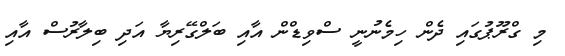
މި ގްރޫޕުގައި ދެން ހިމެނުނީ ސްވިޑްން އާއި ބަލްގޭރިޔާ އަދި ބިލާރުސް އާއި